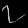
Digit: ၇